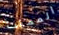
المميت